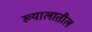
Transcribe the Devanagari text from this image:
ख्यालातील